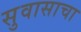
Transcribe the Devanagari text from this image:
सुवासाचा